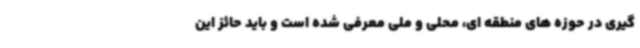
گیری در حوزه های منطقه ای، محلی و ملی معرفی شده است و باید حائز این